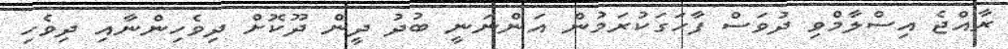
ރާއްޖެ އިސްލާމްވި ދުވަސް ފާހަގަކުރަމުން އަންނަނީ ބުދު ދީން ދޫކޮށް ދިވެހިންނާއި ދިވެހި